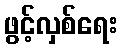
ဖွင့်လှစ်ရေး